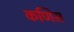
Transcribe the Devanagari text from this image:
कणिस